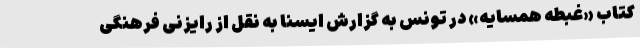
کتاب «غبطه همسایه» در تونس به گزارش ایسنا به نقل از رایزنی فرهنگی